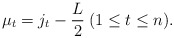
\begin{align*} \mu _t = j_t - \frac{L}{2} \medspace ( 1 \leq t \leq n ).\end{align*}